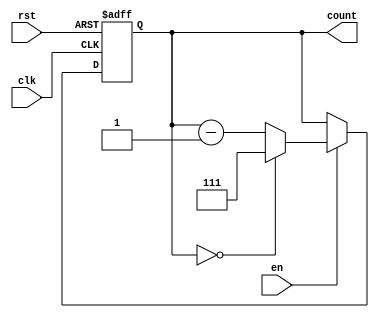
module down_counter_moore #(
    parameter N = 3 // Number of bits (you can change this to the desired bit width)
) (
    input wire clk,      // Clock signal
    input wire rst,      // Asynchronous reset (active high)
    input wire en,       // Enable signal
    output reg [N-1:0] count // Current count output
);

// State encoding
localparam MAX_COUNT = (1 << N) - 1; // Maximum state value (2^N - 1)

// Sequential logic for the down counter
always @(posedge clk or posedge rst) begin
    if (rst) begin
        count <= MAX_COUNT; // Reset to maximum state
    end else if (en) begin
        if (count == 0) begin
            count <= MAX_COUNT; // Wrap around to maximum state
        end else begin
            count <= count - 1; // Decrement the count
        end
    end
    // If en is low, the count holds its current value
end

endmodule